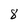
Character: 8